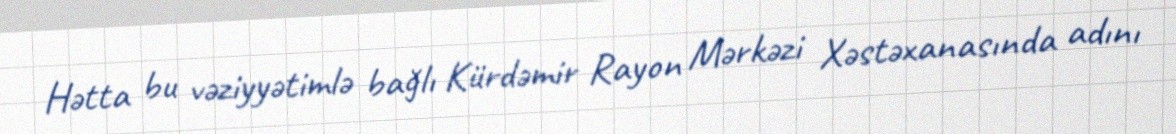
Hətta bu vəziyyətimlə bağlı Kürdəmir Rayon Mərkəzi Xəstəxanasında adını